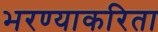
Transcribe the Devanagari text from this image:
भरण्याकरिता